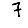
Digit: 7